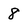
Character: 8